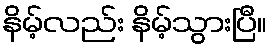
နိမ့်လည်း နိမ့်သွားပြီ။